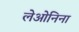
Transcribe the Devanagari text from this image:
लेओनिना